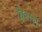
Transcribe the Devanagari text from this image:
छिन्नरुहा